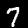
Label: 7